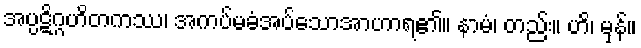
အပ္ပဋိဂ္ဂဟိတကဿ၊ အကပ်မခံအပ်သောအာဟာရ၏။ နာမံ၊ တည်း။ ဟိ၊ မှန်။